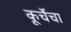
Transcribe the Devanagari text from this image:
कूर्चेचा